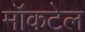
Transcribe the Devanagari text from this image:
मॉकटेल